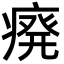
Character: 㾱